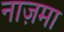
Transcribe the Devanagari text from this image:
नाज़मा